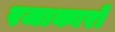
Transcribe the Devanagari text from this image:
रजाकारो